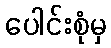
ပေါင်းစုံမှ